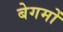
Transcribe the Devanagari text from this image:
बेगमोँ